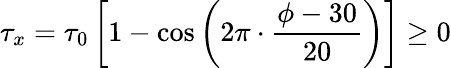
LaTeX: \tau_{x}=\tau_{0}\left[1-\cos\left(2\pi\cdot\frac{\phi-30}{20}\right)\right]\geq 0